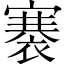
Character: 褰